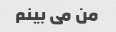
من می بینم